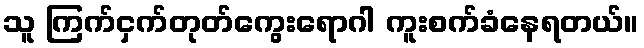
သူ ကြက်ငှက်တုတ်ကွေးရောဂါ ကူးစက်ခံနေရတယ်။